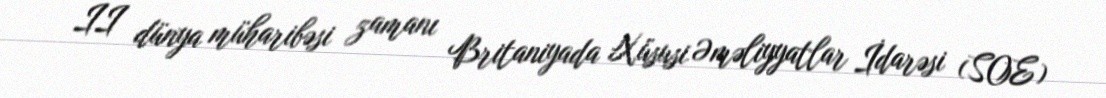
II dünya müharibəsi zamanı Britaniyada Xüsusi Əməliyyatlar İdarəsi (SOE)